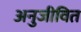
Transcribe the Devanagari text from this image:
अनुजीवित